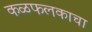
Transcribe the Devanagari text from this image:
कळफलकाचा